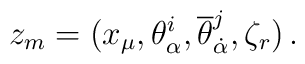
z_{m} = (x_{\mu},\theta_{\alpha}^{i}, {\overline     \theta}_{\dot \alpha}^{j}, \zeta_{r}) \, .